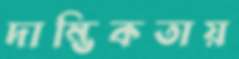
দাম্ভিকতায়